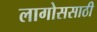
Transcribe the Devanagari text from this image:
लागोससाठी